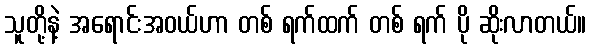
သူတို့နဲ့ အရောင်းအဝယ်ဟာ တစ် ရက်ထက် တစ် ရက် ပို ဆိုးလာတယ်။